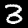
Digit: 3